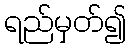
ရည်မှတ်၍